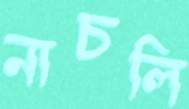
নাচলি